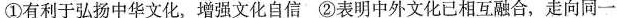
①有利于弘扬中华文化，增强文化自信 ②表明中外文化已相互融合，走向同一